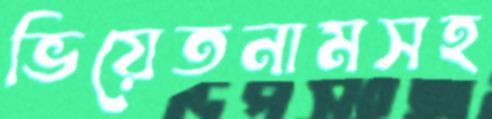
ভিয়েতনামসহ